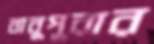
বাবুপুরার